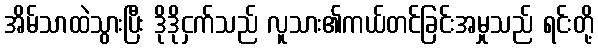
အိမ်သာထဲသွားပြီး ဒိုဒိုငှက်သည် လူသား၏ကယ်တင်ခြင်းအမှုသည် ရင်းတို့